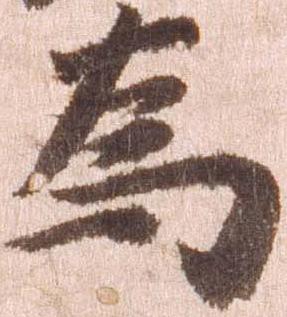
為